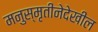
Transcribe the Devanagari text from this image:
मनुस्मृतीनेदेखील